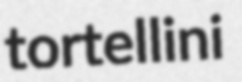
tortellini